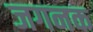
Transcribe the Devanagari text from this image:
जगनक